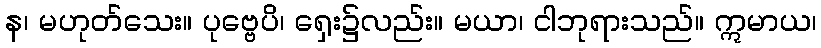
န၊ မဟုတ်သေး။ ပုဗ္ဗေပိ၊ ရှေး၌လည်း။ မယာ၊ ငါဘုရားသည်။ ဣမာယ၊